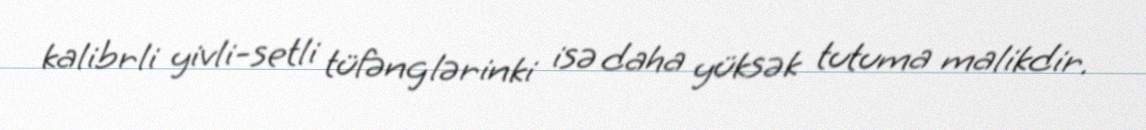
kalibrli yivli-setli tüfənglərinki isə daha yüksək tutuma malikdir.